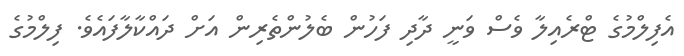
އެފިލްމުގެ ޓްރެއިލާ ވެސް ވަނީ ދާދި ފަހުން ބެލުންތެރިން އަށް ދައްކާލާފައެވެ. ފިލްމުގެ